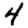
Digit: 4